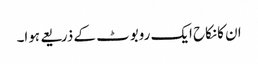
ان کانکاح ایک روبوٹ کے ذریعے ہوا۔